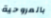
بالمروحية